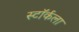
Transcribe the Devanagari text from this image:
स्टॉर्कला